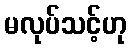
မလုပ်သင့်ဟု